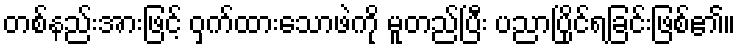
တစ်နည်းအားဖြင့် ဝှက်ထားသောဖဲကို မူတည်ပြီး ပညာပြိုင်ရခြင်းဖြစ်၏။